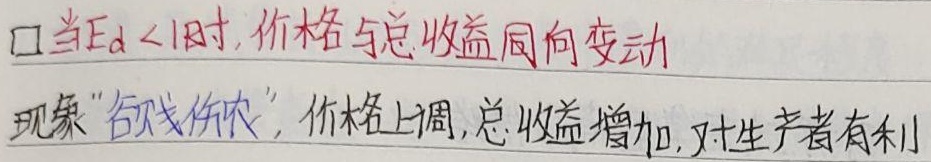
当$E_d < 1$时，价格与总收益同向变动现象“谷贱伤农”，价格上调，总收益增加，对生产者有利